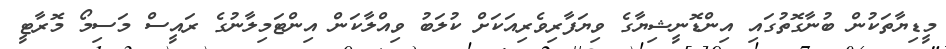
މީޑިޔާތަކުން ބުނާގޮތުގައި އިންޑޮނީޝިޔާގެ ވިޔަފާރިވެރިއަކަށް ކުލަބު ވިއްލާކަން އިންޓަމިލާނުގެ ރައީސް މަސިމޯ މޮރާޓީ